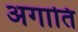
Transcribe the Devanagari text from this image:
अगाति